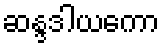
ဆန္ဒဒါယကော